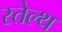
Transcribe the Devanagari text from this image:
स्तेल्थ